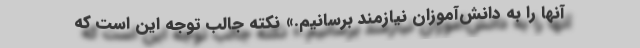
آنها را به دانش‌آموزان نیازمند برسانیم.» نکته جالب توجه این است که